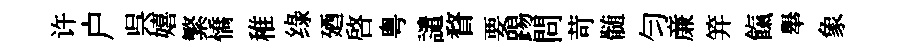
许户呉嬉繁憍稚绿廼啟粤譴瞀要踢問苛髄匀亷笄餼舉象